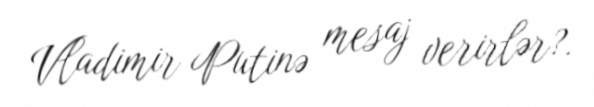
Vladimir Putinə mesaj verirlər?.